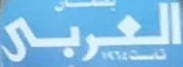
العربي